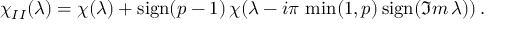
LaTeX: \chi _ { I I } ( \lambda ) = \chi ( \lambda ) + \mathrm { s i g n } ( p - 1 ) \, \chi ( \lambda - i \pi \, \operatorname * { m i n } ( 1 , p ) \, \mathrm { s i g n } ( \Im m \, \lambda ) ) \, .